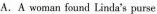
A.A woman found Linda's purse